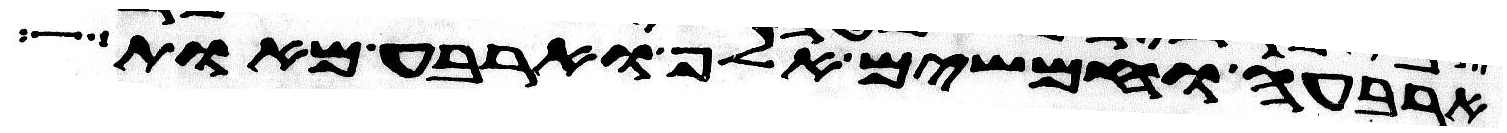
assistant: ארבעה וחמשים אלף וארבע מאות